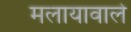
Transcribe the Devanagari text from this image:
मलायावाले